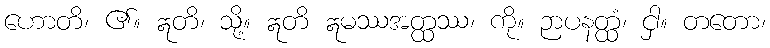
ဟောတိ၊ ၏။ ဣတိ၊ သို့။ ဣတိ ဣမဿအတ္ထဿ၊ ကို။ ဉာပနတ္ထံ၊ ငှါ။ တတော၊